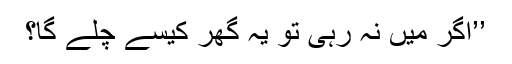
’’اگر میں نہ رہی تو یہ گھر کیسے چلے گا؟